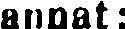
annat: